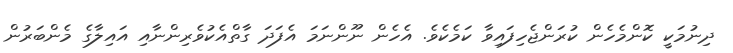
ދިނުމަކީ ކޮންމެހެން ކުރަންޖެހިފައިވާ ކަމެކެވެ. އެހެން ނޫންނަމަ އެފަދަ ގާތްއެކުވެރިންނާއި އައިލާގެ މެންބަރުން